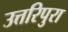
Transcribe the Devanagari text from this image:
उत्तरिपुरा